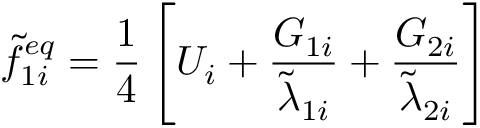
\widetilde { f } _ { 1 i } ^ { e q } = \frac { 1 } { 4 } \left[ U _ { i } + \frac { G _ { 1 i } } { \widetilde { \lambda } _ { 1 i } } + \frac { G _ { 2 i } } { \widetilde { \lambda } _ { 2 i } } \right]